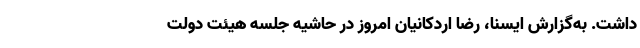
داشت. به‌گزارش ایسنا، رضا اردکانیان امروز در حاشیه جلسه هیئت دولت